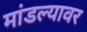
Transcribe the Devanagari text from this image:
मांडल्यावर